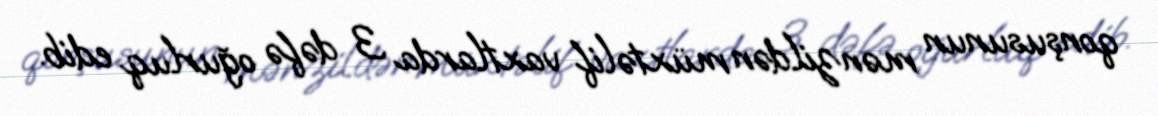
qonşusunun mənzildən müxtəlif vaxtlarda 3 dəfə oğurluq edib.